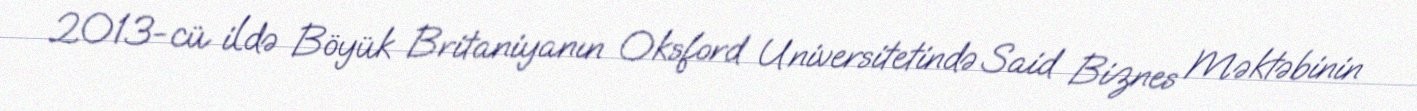
2013-cü ildə Böyük Britaniyanın Oksford Universitetində Said Biznes Məktəbinin